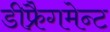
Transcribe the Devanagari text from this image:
डीफ्रैगमेन्ट